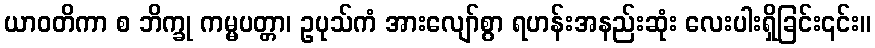
ယာဝတိကာ စ ဘိက္ခု ကမ္မပတ္တာ၊ ဥပုသ်ကံ အားလျော်စွာ ရဟန်းအနည်းဆုံး လေးပါးရှိခြင်း၎င်း။